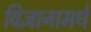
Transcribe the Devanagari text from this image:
विज्ञानामधे